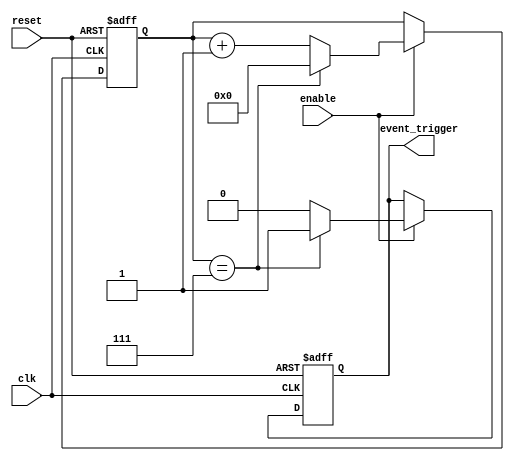
module Event_Timer(
    input wire clk,
    input wire reset,
    input wire enable,
    output wire event_trigger
);

parameter TIMER_WIDTH = 8; // Configurable counter width

reg [TIMER_WIDTH-1:0] counter;
reg event_trigger;

always @(posedge clk or posedge reset) begin
    if (reset) begin
        counter <= 0;
        event_trigger <= 0;
    end else if (enable) begin
        if (counter == TIMER_WIDTH-1) begin
            counter <= 0;
            event_trigger <= 1;
        end else begin
            counter <= counter + 1;
            event_trigger <= 0;
        end
    end
end

endmodule